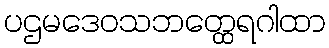
ပဌမဒေဝသဘတ္ထေရဂါထာ